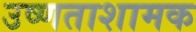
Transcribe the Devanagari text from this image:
उष्णताशामक